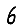
Digit: 6